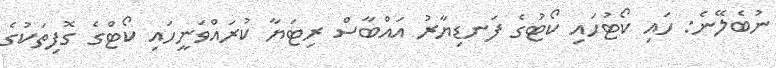
ނުބެލޭނެ: ހައި ކޯޓުހައި ކޯޓުގެ ފަނޑިޔާރު އައްބާސް ރިޓަޔާ ކުރައްވަނީހައި ކޯޓްގެ ގޮފިތަކުގެ